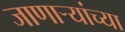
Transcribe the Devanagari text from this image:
जाणार्‍यांच्या